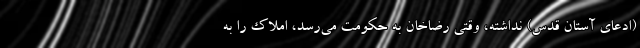
(ادعای آستان قدس) نداشته، وقتی رضاخان به حکومت می‌رسد، املاک را به